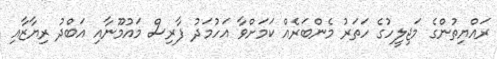
ރައްޔިތުންގެ މަޖިލީހުގެ ހަތަރު މެންބަރެއް ކަމަށްވާ އަހުމަދު ފާރިސް މައުމޫނާއި އަބްދު ރިޔާޒާއި